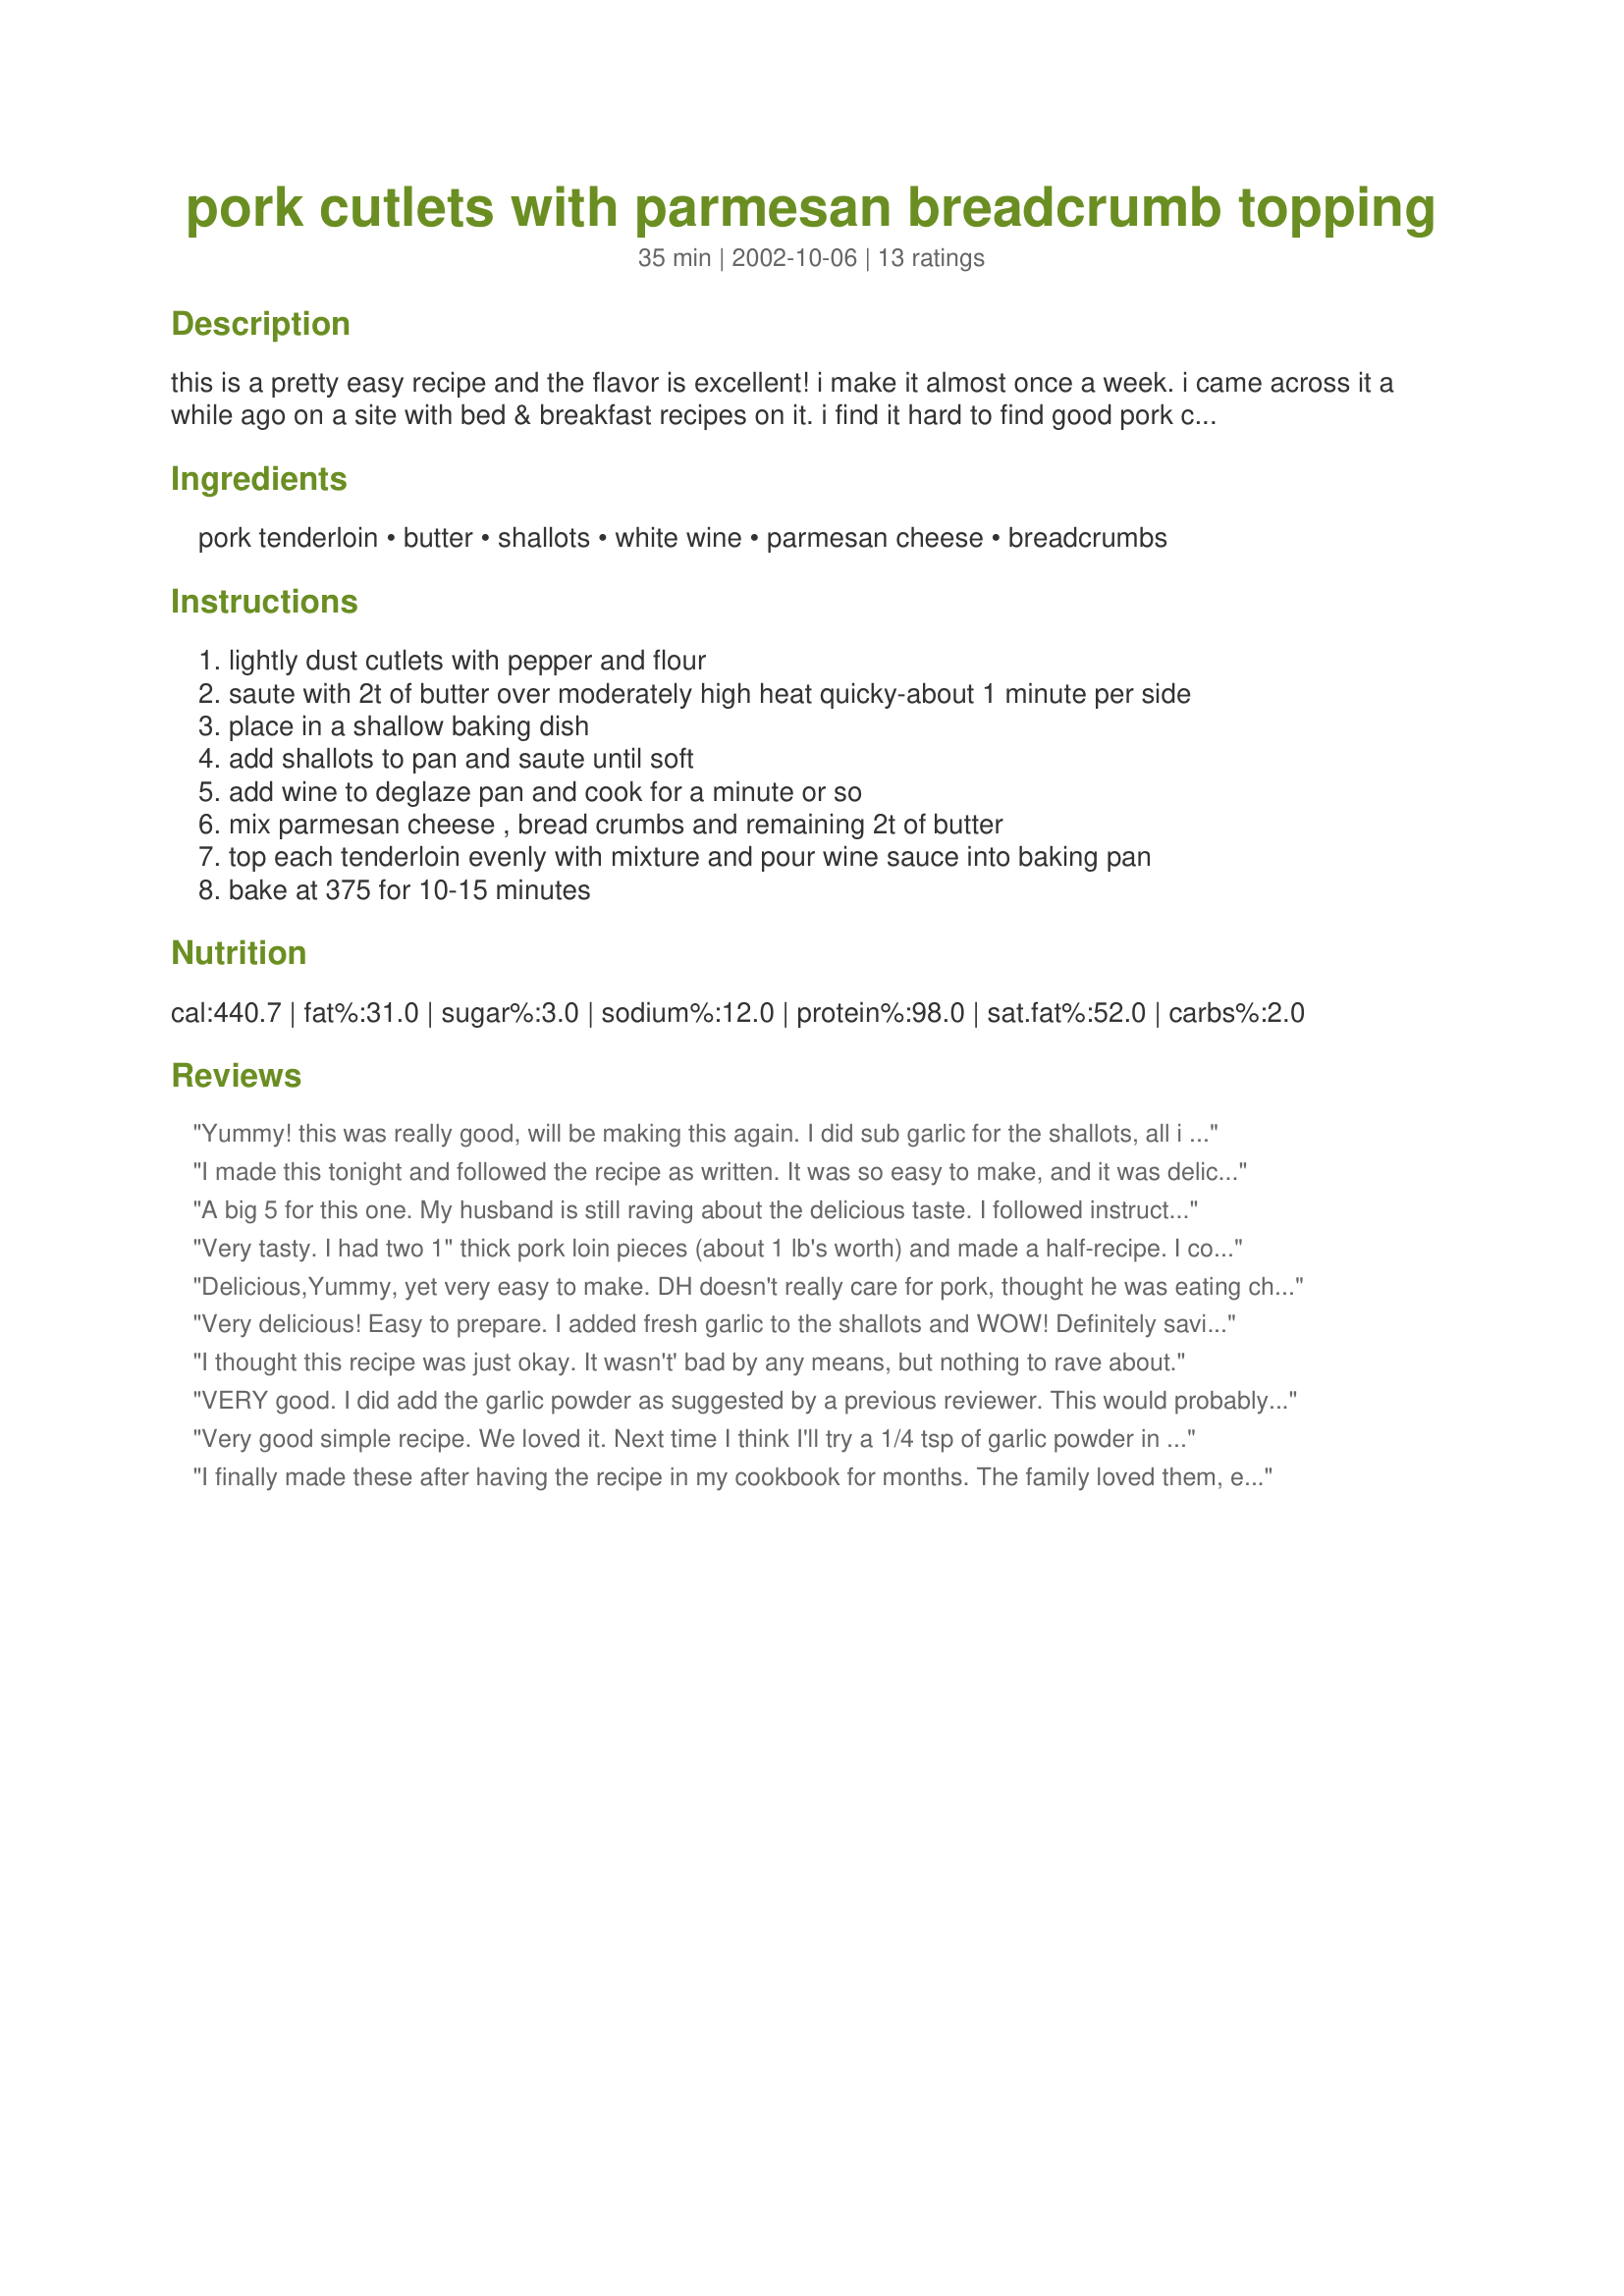
pork cutlets with parmesan breadcrumb topping
Preparation time: 35 minutes

this is a pretty easy recipe and the flavor is excellent! i make it almost once a week. i came across it a while ago on a site with bed & breakfast recipes on it. i find it hard to find good pork cutlet recipes and this was is really good!

Ingredients:
pork tenderloin, butter, shallots, white wine, parmesan cheese, breadcrumbs

Steps:
lightly dust cutlets with pepper and flour, saute with 2t of butter over moderately high heat quicky-about 1 minute per side, place in a shallow baking dish, add shallots to pan and saute until soft, add wine to deglaze pan and cook for a minute or so, mix parmesan cheese , bread crumbs and remaining 2t of butter, top each tenderloin evenly with mixture and pour wine sauce into baking pan, bake at 375 for 10-15 minutes

Reviews:
Yummy! this was really good, will be making this again. I did sub garlic for the shallots, all i had, and champagne for the wine, since that's what was chilled at the time. THanks for a great recipe!

I made this tonight and followed the recipe as written. It was so easy to make, and it was delicious!
A big 5 for this one. My husband is still raving about the delicious taste. I followed instructions exactly, not changing a thing. We loved this. Thanks cruzzo...
Very tasty. I had two 1" thick pork loin pieces (about 1 lb's worth) and made a half-recipe. I cooked them at 350 degrees for about 30 minutes to get them to temperature and they came out very flavorful. I will try it again with garlic.
Delicious,Yummy, yet very easy to make. DH doesn't really care for pork, thought he was eating chicken :) He commented on how good the chicken tasted. I made the recipe as stated using Italian style breadcrumbs as this is what I had on hand. Thank you for this easy recipe.
Very delicious! Easy to prepare. I added fresh garlic to the shallots and WOW! Definitely saving this one in the family recipe box!
I thought this recipe was just okay. It wasn't' bad by any means, but nothing to rave about.
VERY good. I did add the garlic powder as suggested by a previous reviewer. This would probably work well w/chicken cutlets too!
Very good simple recipe. We loved it. Next time I think I'll try a 1/4 tsp of garlic powder in with the bread crumbs.
I finally made these after having the recipe in my cookbook for months. The family loved them, especially DH. I didn't have shallots, so I used onion. I wasn't sure if I should melt the butter before adding it to the breadcrumb mixture? I did, but found I needed to add another T of the bc and the cheese to use up the butter. I also wasn't sure if I should pour the wine sauce over the cutlets or more on the sides/between so that they could simmer? It took longer than 35 minutes to make because I had to brown the cutlets in two batches (even my huge 14" skillet doesn't hold 6 cutlets). So, we liked the final product, but the recipe confused me in spots.
This is one of my DH favorite meals. Very easy to make. Only change I made was to use a little panko bread crumbs and Italian bread crumbs combined. Also a little garlic powder because I don' think I could have a meal without garlic!. Paired it with #284136 swiss mushroom orzo and steamed asparagus. Wonderful!
This was yummy! I didn't have shallots, I used onions and garlic. Will definately make this again.
OMG!!! THESE WERE AMAZING! The best tasting thing I have honestly ever made. I would recommend this recipe to anyone! I didn't use shallots. I did add 1/4 tsp of garlic powder to the bread crumbs and a little bit more wine to the pan, but everything else stayed the same! Where on earth was this recipe found?! I'd love to learn more recipes!
